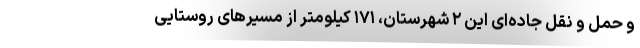
و حمل و نقل جاده‌ای این ۲ شهرستان، ۱۷۱ کیلومتر از مسیرهای روستایی